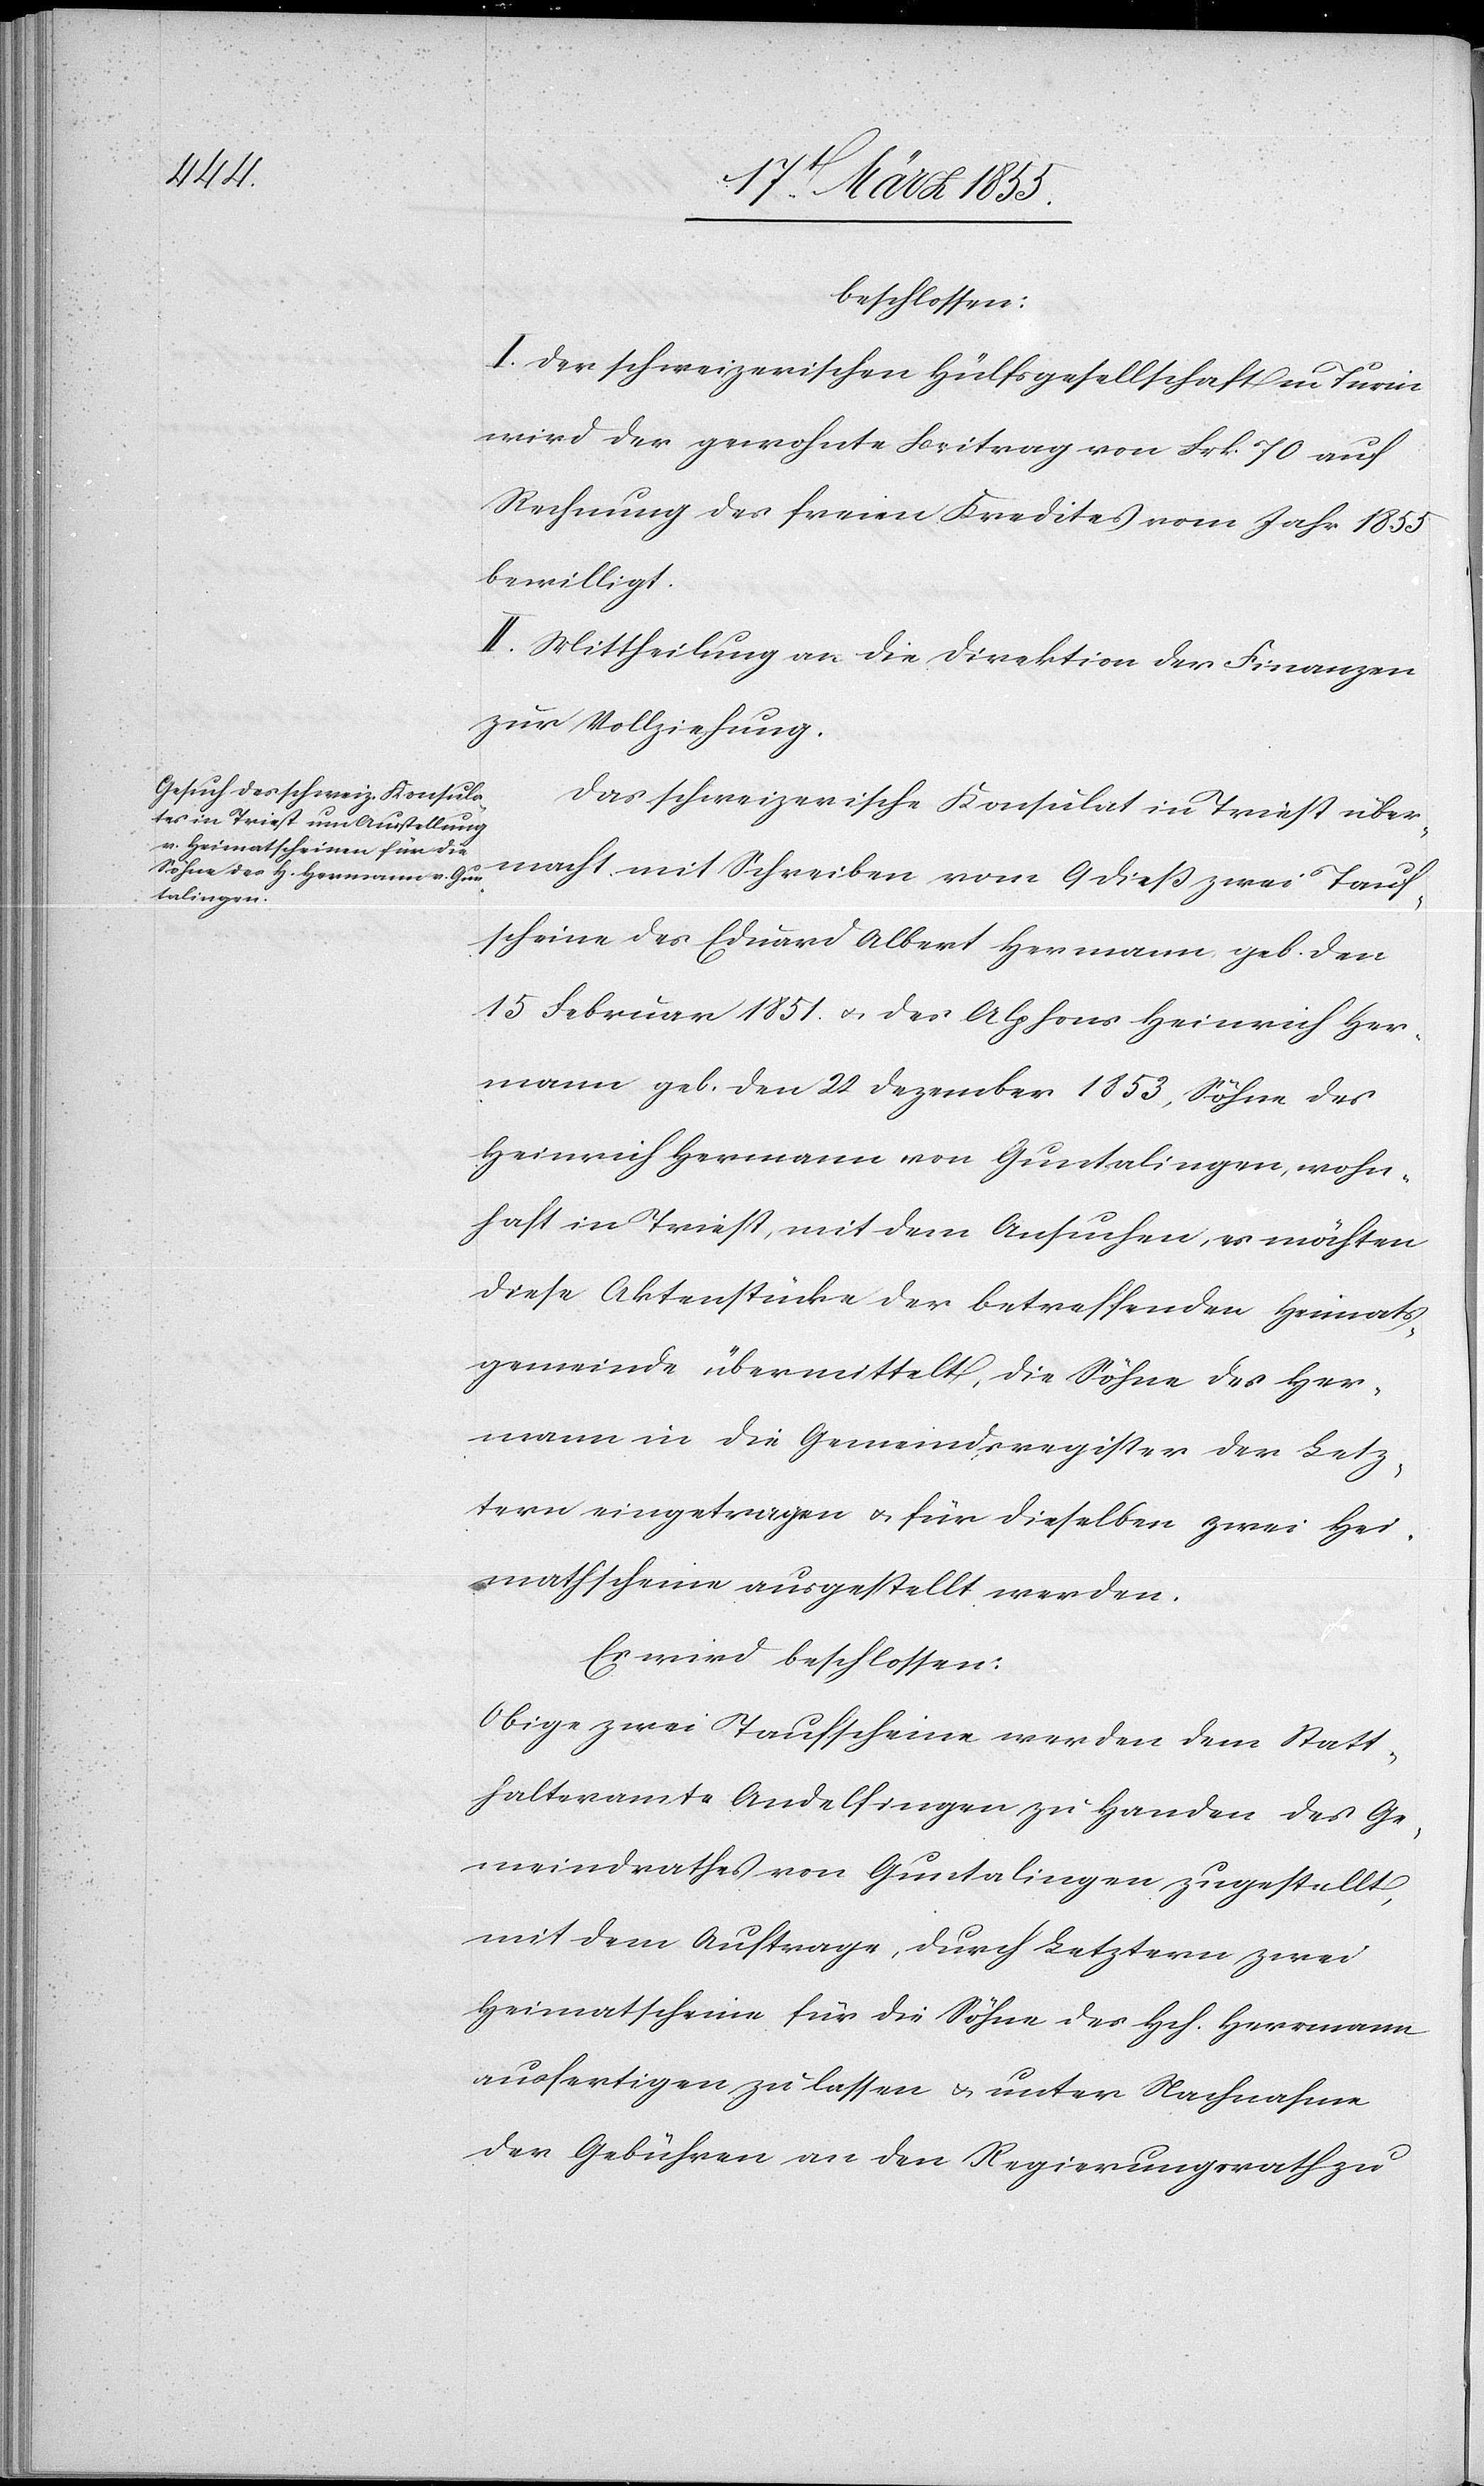
beschlossen:
I. Der schweizerischen Hülfsgesellschaft in Turin
wird der gewohnte Beitrag von Frk. 70 auf
Rechnung des freien Kredites vom Jahr 1855
bewilligt.
II. Mittheilung an die Direktion der Finanzen
zur Vollziehung.
Das schweizerische Konsulat in Triest über¬
macht mit Schreiben vom 9 dieß zwei Tauf¬
scheine des Eduard Albert Hermann geb. den
15 Februar 1851. & des Alphons Heinrich Her¬
mann geb. den 20 Dezember 1853, Söhne des
Heinrich Hermann von Guntalingen, wohn¬
haft in Triest, mit dem Ansuchen, es möchten
diese Aktenstücke der betreffenden Heimats¬
gemeinde übermittelt, die Söhne des Her¬
mann in die Gemeindsregister der Letz¬
tern eingetragen & für dieselben zwei Hei¬
mathscheine ausgestellt werden.
Es wird beschlossen:
Obige zwei Taufscheine werden dem Statt¬
halteramte Andelfingen zu Handen des Ge¬
meindrathes von Guntalingen zugestellt,
mit dem Auftrage, durch Letztern zwei
Heimatscheine für die Söhne des Hch. Hermann
ausfertigen zu lassen & unter Nachnahme
der Gebühren an den Regierungsrath zu